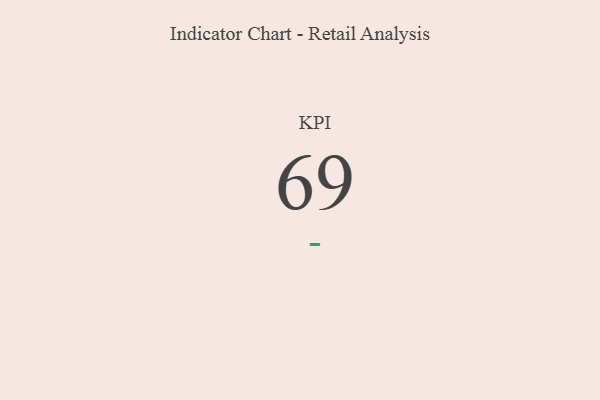
{"axis": {"x": "KPI", "y": "Value"}, "legend": [""], "data": [{"x": "KPI", "y": 69, "type": ""}]}